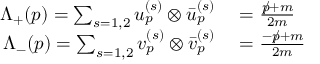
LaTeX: \begin{array} { r l } { \Lambda _ { + } ( p ) = \sum _ { s = 1 , 2 } { u _ { p } ^ { ( s ) } \otimes { \bar { u } } _ { p } ^ { ( s ) } } } & { { } = { \frac { { p \! \! \! / } + m } { 2 m } } } \\ { \Lambda _ { - } ( p ) = \sum _ { s = 1 , 2 } { v _ { p } ^ { ( s ) } \otimes { \bar { v } } _ { p } ^ { ( s ) } } } & { { } = { \frac { - { p \! \! \! / } + m } { 2 m } } } \end{array}